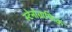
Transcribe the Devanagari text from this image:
स्टेनोग्राफिक